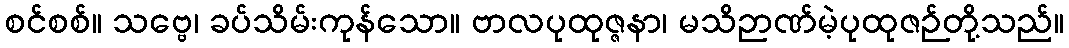
စင်စစ်။ သဗ္ဗေ၊ ခပ်သိမ်းကုန်သော။ ဗာလပုထုဇ္ဇနာ၊ မသိဉာဏ်မဲ့ပုထုဇဉ်တို့သည်။